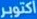
اكتوبر